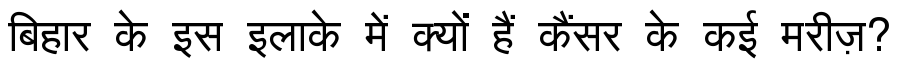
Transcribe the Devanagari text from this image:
बिहार के इस इलाके में क्यों हैं कैंसर के कई मरीज़?